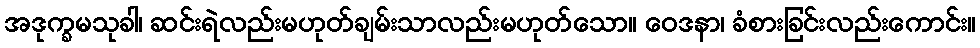
အဒုက္ခမသုခါ၊ ဆင်းရဲလည်းမဟုတ်ချမ်းသာလည်းမဟုတ်သော။ ဝေဒနာ၊ ခံစားခြင်းလည်းကောင်း။